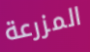
المزرعة